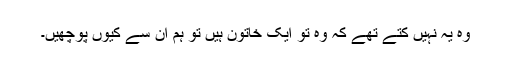
وہ یہ نہیں کتے تھے کہ وہ تو ایک خاتون ہیں تو ہم ان سے کیوں پوچھیں۔